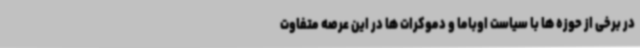
در برخی از حوزه ها با سیاست اوباما و دموکرات ها در این عرصه متفاوت